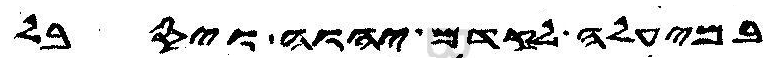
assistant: במיעלה לקדם יהוה ויסבל